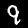
Digit: 9